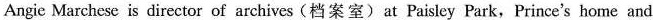
Angie Marchese is director of archives(档案室)at Paisley Park,Prince's home and